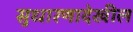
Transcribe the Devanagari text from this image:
सुधारणादेखील